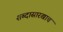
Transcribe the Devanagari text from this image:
शब्दासारखाच